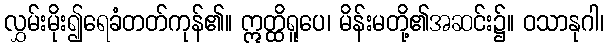
လွှမ်းမိုး၍ရေခံတတ်ကုန်၏။ ဣတ္ထိရူပေ၊ မိန်းမတို့၏အဆင်း၌။ ဝသာနုဂါ၊